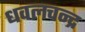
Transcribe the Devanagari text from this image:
धवलचन्द्र